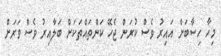
މިހާ ހިސާބަށް އައިރު ވެސް ކުރަން ޖެހޭ ކަންތައްތަކަށް ބަލާއިރު ވެސް ވަރަށް